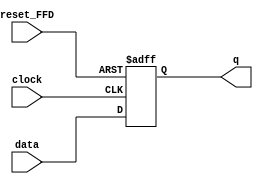
`timescale 1ns / 1ps
//////////////////////////////////////////////////////////////////////////////////
// Company: 
// Engineer: 
// 
// Design Name: 
// Module Name:    FFD 
// Project Name: 
// Target Devices: 
// Tool versions: 
// Description: 
//
// Dependencies: 
//
// Revision: 
// Revision 0.01 - File Created
// Additional Comments: 
//
//////////////////////////////////////////////////////////////////////////////////
module FFD(
    input data,
    input reset_FFD,
    input clock,
    output q
    );
reg g;
always @(posedge clock or posedge reset_FFD)
if (reset_FFD)
g<=1'b0;
else
g<=data;

assign q=g;


endmodule